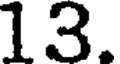
13.